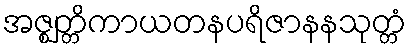
အဇ္ဈတ္တိကာယတနပရိဇာနနသုတ္တံ